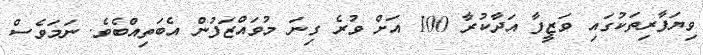
ވިޔަފާރިތަކުގައި ވަޒީފާ އަދާކުރާ 100 އަށް ވުރެ ގިނަ މުވައްޒަފުން އެބަތިއްބެވެ. ނަމަވެސް